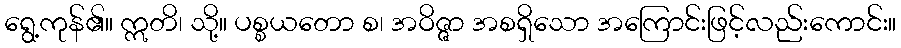
ရွေ့ကုန်၏။ ဣတိ၊ သို့။ ပစ္စယတော စ၊ အဝိဇ္ဇာ အစရှိသော အကြောင်းဖြင့်လည်းကောင်း။